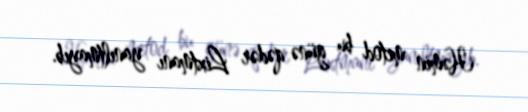
Həmin metod bu günə qədər Lixtmanı yanıltmayıb.